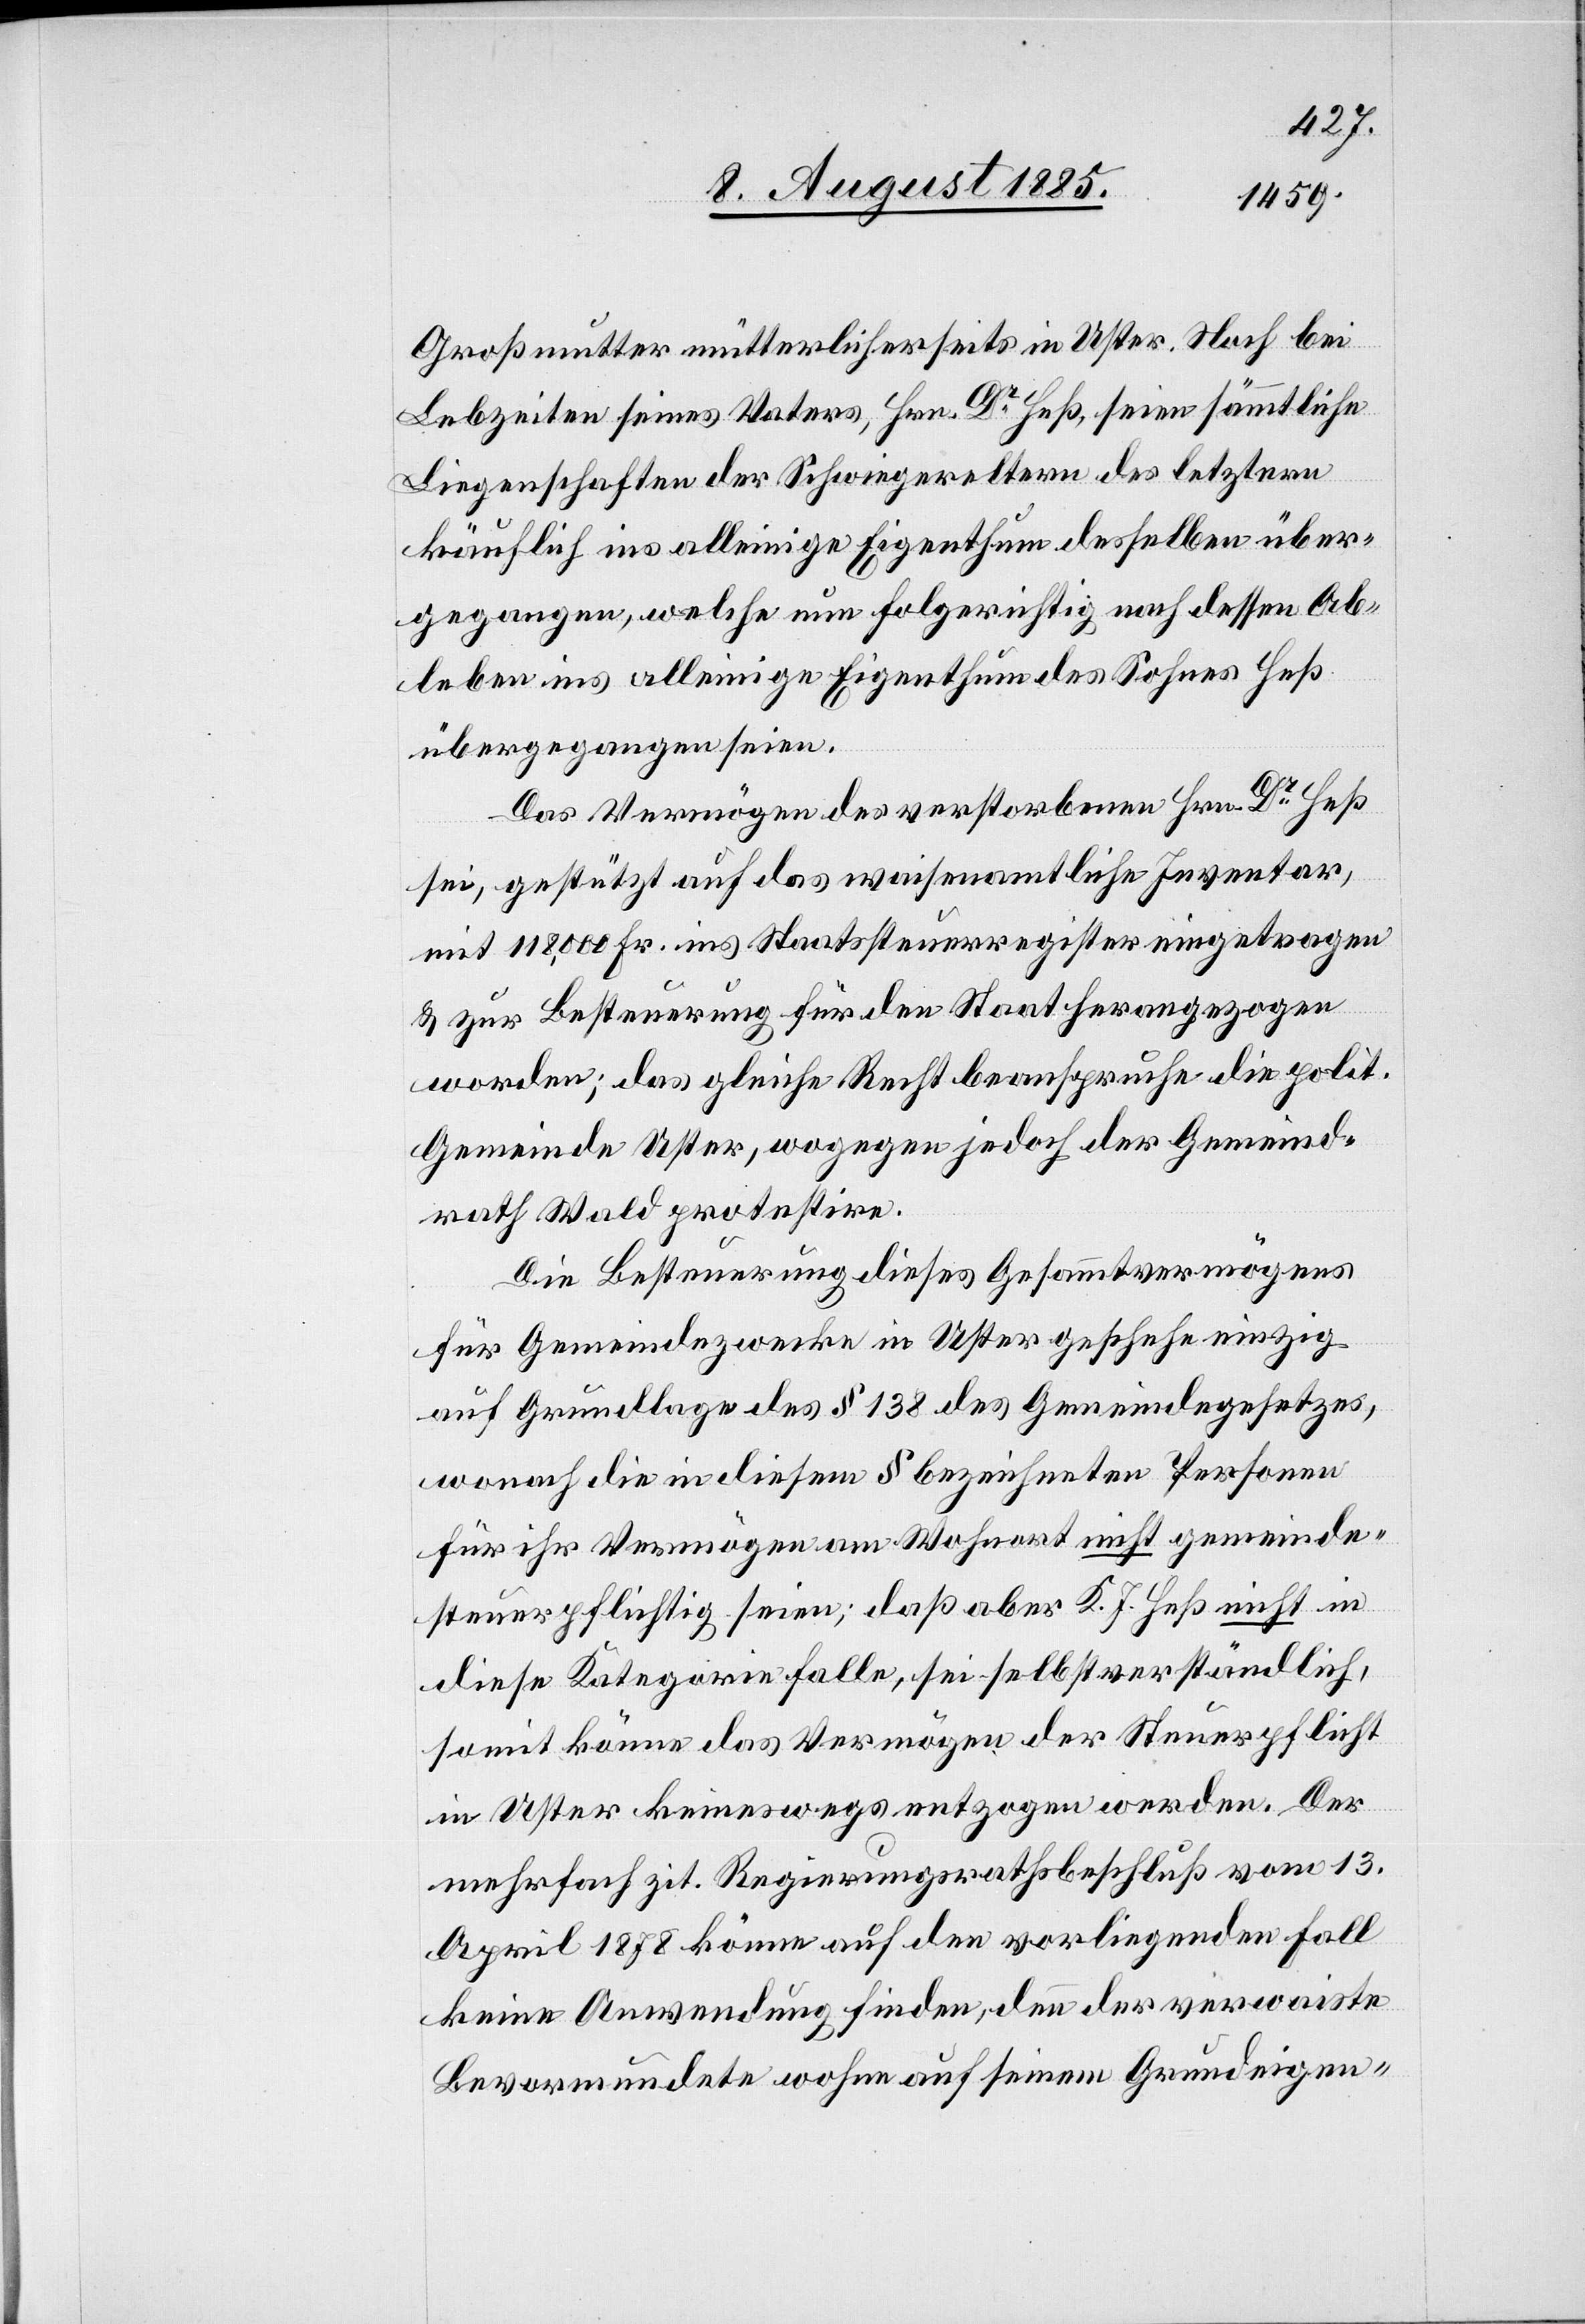
Großmutter mütterlicherseits in Uster. Noch bei
Lebzeiten seines Vaters, Hrn. Dr Heß, seien sämmtliche
Liegenschaften der Schwiegereltern des letztern
käuflich ins alleinige Eigenthum desselben über¬
gegangen, welche nun folgerichtig nach dessen Ab¬
leben ins alleinige Eigenthum des Sohnes Heß
übergegangen seien.
Das Vermögen des verstorbenen Hrn. Dr Heß
sei, gestützt auf das waisenamtliche Inventar,
mit 118,000 Fr. ins Staatssteuerregister eingetragen
& zur Besteuerung für den Staat herangezogen
worden; das gleiche Recht beanspruche die polit.
Gemeinde Uster, wogegen jedoch der Gemeind¬
rath Wald protestire.
Die Besteuerung dieses Gesammtvermögens
für Gemeindezwecke in Uster geschehe einzig
auf Grundlage des § 138 des Gemeindegesetzes,
wonach die in diesem § bezeichneten Personen
für ihr Vermögen am Wohnort nicht gemeinde¬
steuerpflichtig seien; daß aber K. J. Heß nicht in
diese Kategorie falle, sei selbstverständlich,
somit könne das Vermögen der Steuerpflicht
in Uster keineswegs entzogen werden. Der
mehrfach zit. Regierungsrathsbeschluß vom 13.
April 1878 könne auf den vorliegenden Fall
keine Anwendung finden, denn der verwaiste
Bevormundete wohne auf seinem Grundeigen-